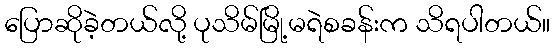
ပြောဆိုခဲ့တယ်လို့ ပုသိမ်မြို့မရဲစခန်းက သိရပါတယ်။